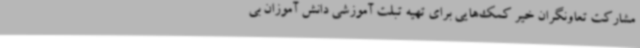
مشارکت تعاونگران خیر کمک‌هایی برای تهیه تبلت آموزشی دانش آموزان بی